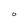
Character: O